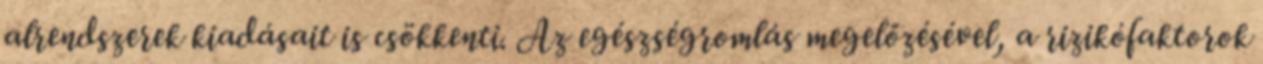
alrendszerek kiadásait is csökkenti. Az egészségromlás megelőzésével, a rizikófaktorok